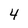
Character: 4